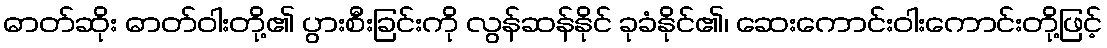
ဓာတ်ဆိုး ဓာတ်ဝါးတို့၏ ပွားစီးခြင်းကို လွန်ဆန်နိုင် ခုခံနိုင်၏၊ ဆေးကောင်းဝါးကောင်းတို့ဖြင့်